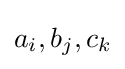
a_{i},b_{j},c_{k}